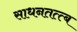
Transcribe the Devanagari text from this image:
साधनतत्त्ब